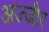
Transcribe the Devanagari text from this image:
अज्जीर